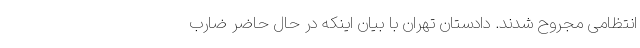
انتظامی مجروح شدند. دادستان تهران با بیان اینکه در حال حاضر ضارب